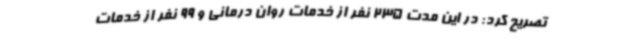
تصریح کرد: در این مدت 235 نفر از خدمات روان درمانی و 99 نفر از خدمات